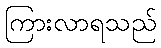
ကြားလာရသည်